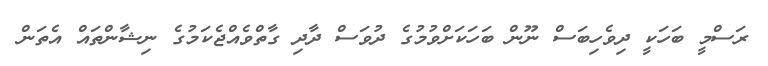
ރަސްމީ ބަހަކީ ދިވެހިބަސް ނޫން ބަހަކަށްވުމުގެ ދުވަސް ދާދި ގާތްވެއްޖެކަމުގެ ނިޝާންތައް އެތަން